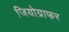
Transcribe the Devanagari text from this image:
जियोग्राफर